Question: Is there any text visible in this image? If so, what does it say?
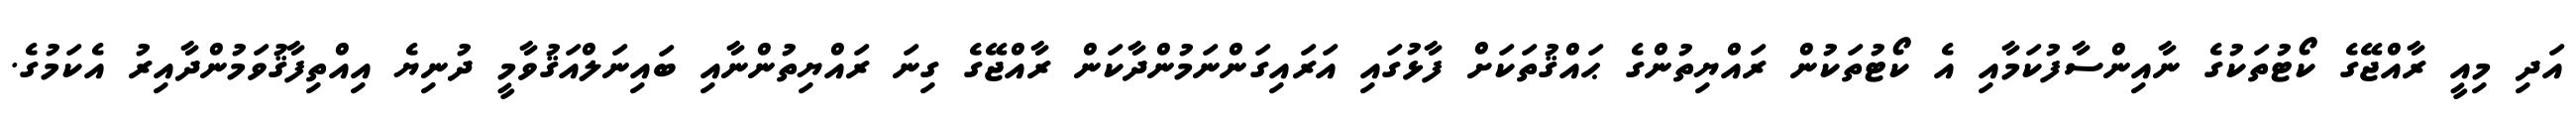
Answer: އަދި މިއީ ރާއްޖޭގެ ކޯޓުތަކުގެ ނާއިންސާފުކަމާއި އެ ކޯޓުތަކުން ރައްޔިތުންގެ ޙައްޤުތަކަށް ފާޅުގައި އަރައިގަންނަމުންދާކަން ރާއްޖޭގެ ގިނަ ރައްޔިތުންނާއި ބައިނަލްއަޤުވާމީ ދުނިޔެ އިއްތިފާޤުވަމުންދާއިރު އެކަމުގެ.